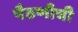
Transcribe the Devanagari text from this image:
पैठणीची